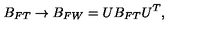
B _ { F T } \rightarrow B _ { F W } = U B _ { F T } U ^ { T } ,